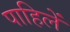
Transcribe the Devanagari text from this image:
पाहिलें